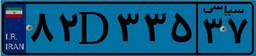
۰۸D۶۲۱۵۶